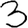
Digit: 3